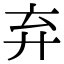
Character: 弃